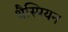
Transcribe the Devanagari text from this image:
थैस्पियन